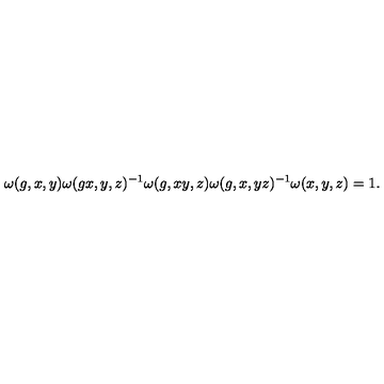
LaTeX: \omega ( g , x , y ) \omega ( g x , y , z ) ^ { - 1 } \omega ( g , x y , z ) \omega ( g , x , y z ) ^ { - 1 } \omega ( x , y , z ) = 1 .